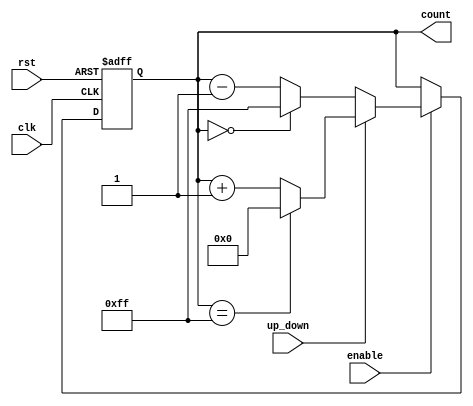
module UpDownCounter (
    input wire clk,            // Clock signal
    input wire rst,            // Asynchronous reset signal (active high)
    input wire up_down,        // Up/Down control signal
    input wire enable,         // Enable signal
    output reg [7:0] count     // 8-bit count output (adjust bit-width as needed)
);

    // Define maximum count value based on the bit-width
    parameter MAX_COUNT = 8'hFF; // Maximum value for 8 bits (255)
    
    // Asynchronous reset
    always @(posedge clk or posedge rst) begin
        if (rst) begin
            count <= 8'b0; // Reset count to 0
        end else if (enable) begin
            if (up_down) begin
                // Increment counter with wrap around
                if (count == MAX_COUNT) begin
                    count <= 8'b0; // Wrap around to 0
                end else begin
                    count <= count + 1; // Increment count
                end
            end else begin
                // Decrement counter with underflow protection
                if (count == 8'b0) begin
                    count <= MAX_COUNT; // Wrap around to MAX_COUNT
                end else begin
                    count <= count - 1; // Decrement count
                end
            end
        end
    end

endmodule